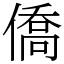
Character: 僑